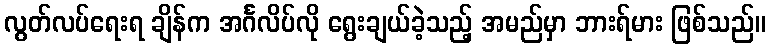
လွတ်လပ်ရေးရ ချိန်က အင်္ဂလိပ်လို ရွေးချယ်ခဲ့သည့် အမည်မှာ ဘားရ်မား ဖြစ်သည်။